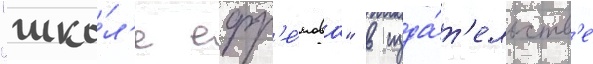
"шко́л'е ефр'е́мова" в изда́т'ельств'е